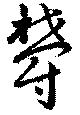
欝